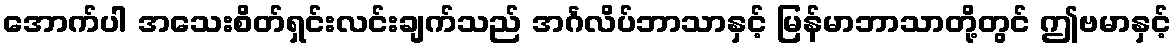
အောက်ပါ အသေးစိတ်ရှင်းလင်းချက်သည် အင်္ဂလိပ်ဘာသာနှင့် မြန်မာဘာသာတို့တွင် ဤဗမာနှင့်